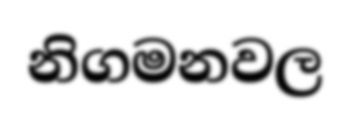
නිගමනවල